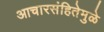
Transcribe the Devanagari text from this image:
आचारसंहितेमुळे